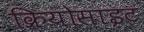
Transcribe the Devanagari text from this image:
क्रियोसाइट